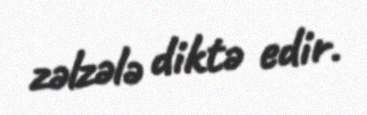
zəlzələ diktə edir.